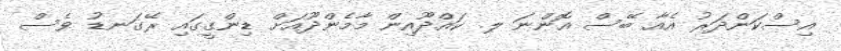
އިސްކަންދަރު އެއާ ބޭސް އޮންނަ ލ. ކައްދޫއިން މާމެންދޫއަށް ޑިންގީގައި ރޭގަނޑު ވެސް